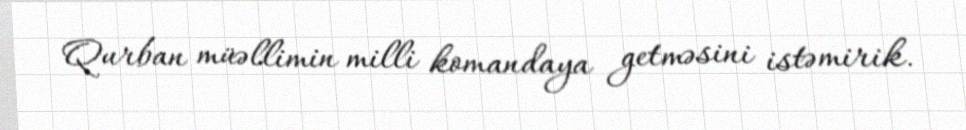
Qurban müəllimin milli komandaya getməsini istəmirik.